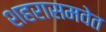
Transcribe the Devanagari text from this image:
शहरासमवेत